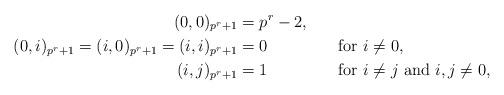
LaTeX: \begin{align*}(0,0)_{p^r+1} &= p^r-2, \\(0,i)_{p^r+1} = (i,0)_{p^r+1} = (i,i)_{p^r+1} &= 0 &&\textrm{for } i \ne 0,\\(i,j)_{p^r+1} &= 1 &&\textrm{for } i \ne j \textrm{ and } i,j \ne 0, \end{align*}